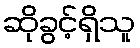
ဆိုခွင့်ရှိသူ